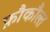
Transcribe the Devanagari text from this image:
फ़ौकौल्त